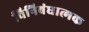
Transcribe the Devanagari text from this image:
विनिबंधात्मक